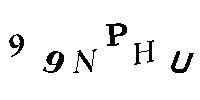
99NPHU